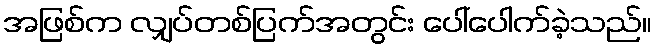
အဖြစ်က လျှပ်တစ်ပြက်အတွင်း ပေါ်ပေါက်ခဲ့သည်။